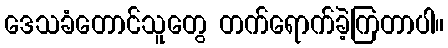
ဒေသခံတောင်သူတွေ တက်ရောက်ခဲ့ကြတာပါ။